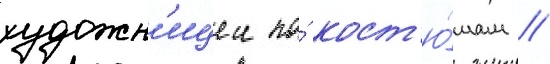
художн'ицеи по́ кост'ю́мам //